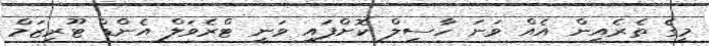
މީގެ ތެރެއިން އެއް ވަނަ ހާސިލް ކޮށްފައި ވަނީ ޓްރެވަލް އެންޑް ޓޫރިޒަމް